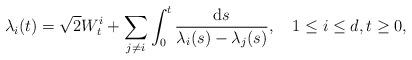
LaTeX: \begin{align*}\lambda_{i}(t)=\sqrt{2}W_{t}^{i}+\sum_{j\neq i}\int_{0}^{t}\frac{\mathrm{d}s}{\lambda_{i}(s)-\lambda_{j}(s)},\quad1\leq i\leq d,t\geq0, \end{align*}